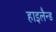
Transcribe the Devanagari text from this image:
हाइलैन्ड